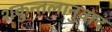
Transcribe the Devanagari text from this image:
शकुन्तलानुवाद